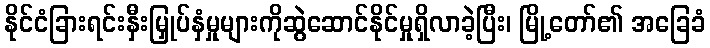
နိုင်ငံခြားရင်းနှီးမြှုပ်နှံမှုများကိုဆွဲဆောင်နိုင်မှုရှိလာခဲ့ပြီး၊ မြို့တော်၏ အခြေခံ